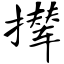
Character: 撵